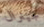
جينرال